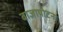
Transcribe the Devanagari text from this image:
बाजापोटना